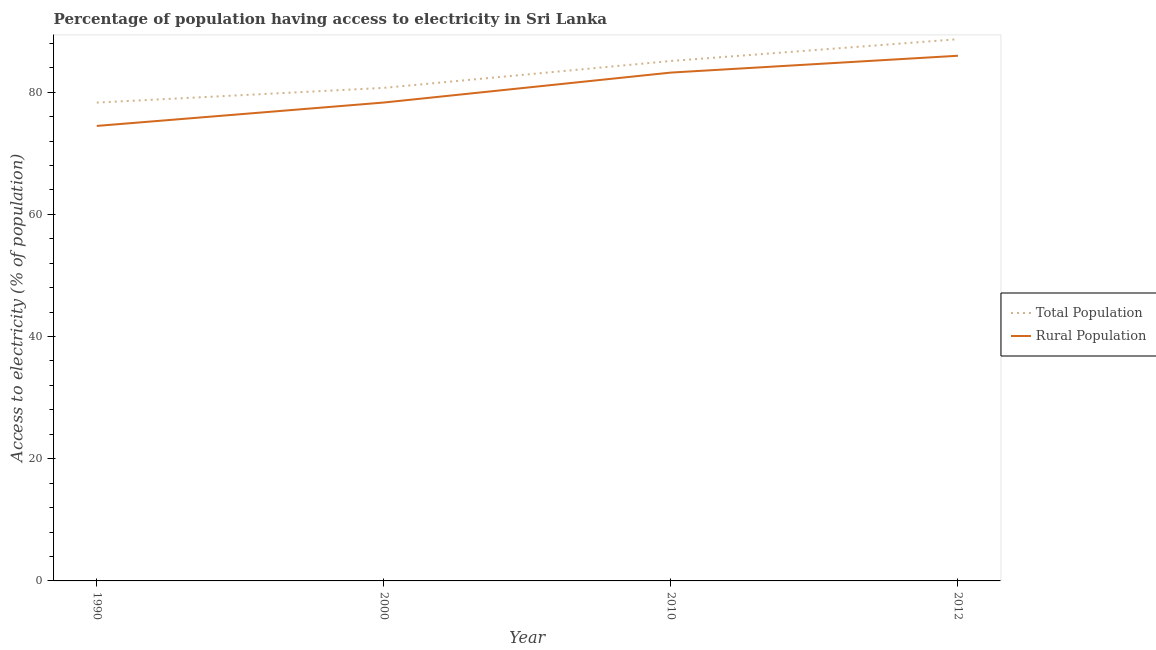
| Year | Total Population | Rural Population |
 | --- | --- | --- |
 | 1990 | 78.3 | 74.5 |
 | 2000 | 80.7 | 78.3 |
 | 2010 | 85.1 | 83.2 |
 | 2012 | 88.7 | 86 |